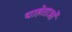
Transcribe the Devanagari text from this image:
चाहेताओं